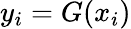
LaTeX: y_{i}=G(x_{i})